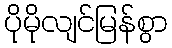
ပိုမိုလျင်မြန်စွာ